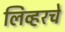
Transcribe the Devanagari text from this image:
लिव्हरचे